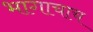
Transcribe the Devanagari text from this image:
भागाचाच